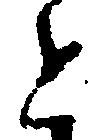
と